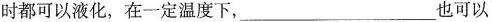
时都可以液化，在一定温度下，___也可以